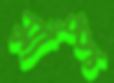
সাঁধু